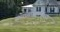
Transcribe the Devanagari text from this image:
संघाच्याझालेल्या